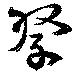
祭